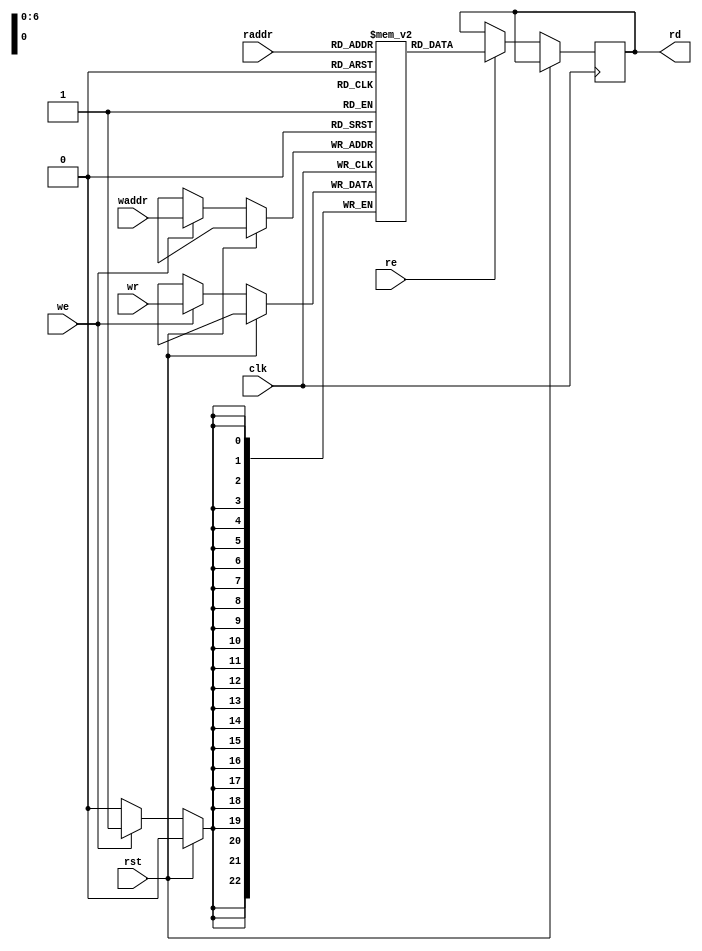
`timescale 1ns / 1ps
`default_nettype none
//
// RISu64
// Copyright 2022 Wenting Zhang
//
// Permission is hereby granted, free of charge, to any person obtaining a copy
// of this software and associated documentation files (the "Software"), to deal
// in the Software without restriction, including without limitation the rights
// to use, copy, modify, merge, publish, distribute, sublicense, and/or sell
// copies of the Software, and to permit persons to whom the Software is
// furnished to do so, subject to the following conditions:
//
// The above copyright notice and this permission notice shall be included in
// all copies or substantial portions of the Software.
//
// THE SOFTWARE IS PROVIDED "AS IS", WITHOUT WARRANTY OF ANY KIND, EXPRESS OR
// IMPLIED, INCLUDING BUT NOT LIMITED TO THE WARRANTIES OF MERCHANTABILITY,
// FITNESS FOR A PARTICULAR PURPOSE AND NONINFRINGEMENT. IN NO EVENT SHALL THE
// AUTHORS OR COPYRIGHT HOLDERS BE LIABLE FOR ANY CLAIM, DAMAGES OR OTHER
// LIABILITY, WHETHER IN AN ACTION OF CONTRACT, TORT OR OTHERWISE, ARISING FROM,
// OUT OF OR IN CONNECTION WITH THE SOFTWARE OR THE USE OR OTHER DEALINGS IN THE
// SOFTWARE.
//
module ram_128_23(
    input wire clk,
    input wire rst,
    // Read port
    input wire [6:0] raddr,
    output wire [22:0] rd,
    input wire re,
    // Write port
    input wire [6:0] waddr,
    input wire [22:0] wr,
    input wire we
);

`ifdef SKY130
    /*sky130_sram_1r1w_24x128 mem(
        .clk0(clk),
        .csb0(!we),
        .addr0(waddr),
        .din0(wr),
        .clk1(clk),
        .csb1(!re),
        .addr1(raddr),
        .dout1(rd)
    );*/

    // Use provided 32x256 macro
    wire [31:0] sram_rd;
    wire [31:0] sram_wr;
    sky130_sram_1kbyte_1rw1r_32x256_8 mem(
        .clk0(clk),
        .csb0(!we),
        .web0(!we),
        .wmask0(4'hF),
        .addr0({1'b0, waddr}),
        .din0(sram_wr),
        .dout0(),
        .clk1(clk),
        .csb1(!re),
        .addr1({1'b0, raddr}),
        .dout1(sram_rd)
    );
    assign rd = sram_rd[22:0];
    assign sram_wr = {9'd0, wr};
`else
    reg [22:0] mem [0:127];
    reg [22:0] rd_reg;

    always @(posedge clk) begin
        if (!rst) begin
            if (we) begin
                mem[waddr] <= wr;
            end
            
            if (re) begin
                rd_reg <= mem[raddr];
            end
        end
    end

    assign rd = rd_reg;
`endif

endmodule